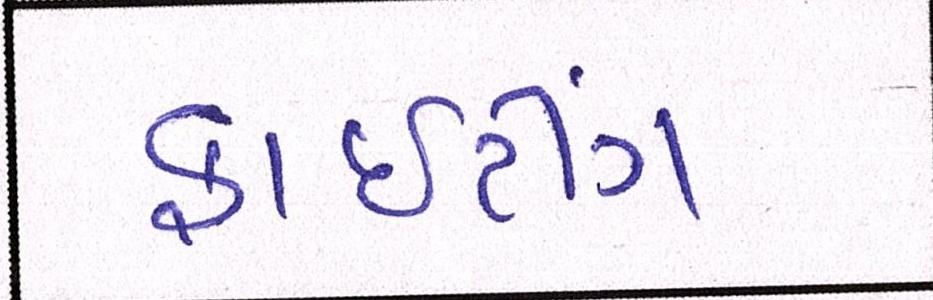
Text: ફાઈટીંગ